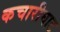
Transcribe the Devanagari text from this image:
कचारीघाट